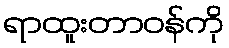
ရာထူးတာဝန်ကို